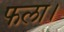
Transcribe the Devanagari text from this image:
फला।